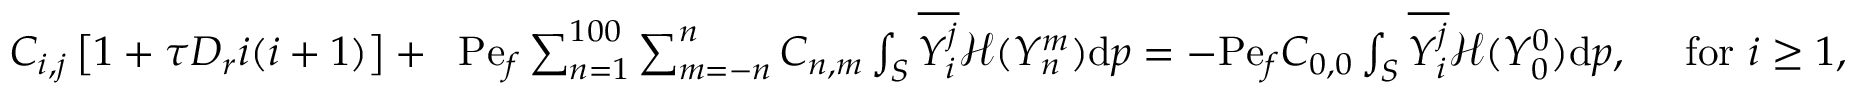
\begin{array} { r } { C _ { i , j } \left[ 1 + \tau D _ { r } i ( i + 1 ) \right] + \; \; \mathrm { P e } _ { f } \sum _ { n = 1 } ^ { 1 0 0 } \sum _ { m = - n } ^ { n } C _ { n , m } \int _ { S } \overline { { Y _ { i } ^ { j } } } \mathcal { H } ( Y _ { n } ^ { m } ) \mathrm { d } \boldsymbol { p } = - \mathrm { P e } _ { f } C _ { 0 , 0 } \int _ { S } \overline { { Y _ { i } ^ { j } } } \mathcal { H } ( Y _ { 0 } ^ { 0 } ) \mathrm { d } \boldsymbol { p } , \quad \mathrm { ~ f o r \ } i \geq 1 , } \end{array}